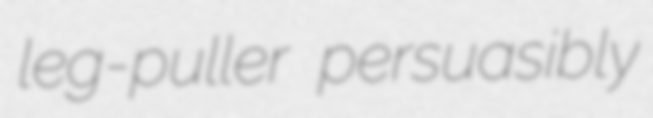
leg-puller persuasibly